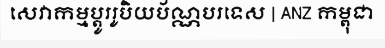
សេវាកម្មប្តូររូបិយប័ណ្ណបរទេស | ANZ កម្ពុជា